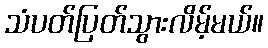
သံပတ်ပြတ်သွားလိမ့်မယ်။